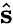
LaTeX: \hat{\mathbf{s}}